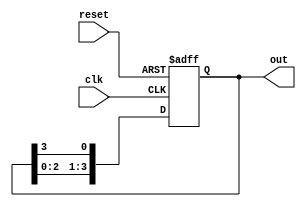
module ring_counter #(
    parameter N = 4  // Number of flip-flops
)(
    input wire clk,       // Clock signal
    input wire reset,     // Asynchronous reset
    output reg [N-1:0] out // Output of the ring counter
);

// Initial state
initial begin
    out = 1'b1; // Set the first flip-flop to '1'
end

// Sequential logic for the ring counter
always @(posedge clk or posedge reset) begin
    if (reset) begin
        out <= 1'b1; // Reset to initial state (000...001)
    end else begin
        out <= {out[N-2:0], out[N-1]}; // Shift '1' to the right
    end
end

endmodule